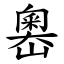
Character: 嶴